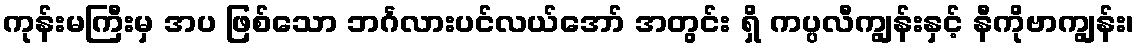
ကုန်းမကြီးမှ အပ ဖြစ်သော ဘင်္ဂလားပင်လယ်အော် အတွင်း ရှိ ကပ္ပလီကျွန်းနှင့် နီကိုဗာကျွန်း၊